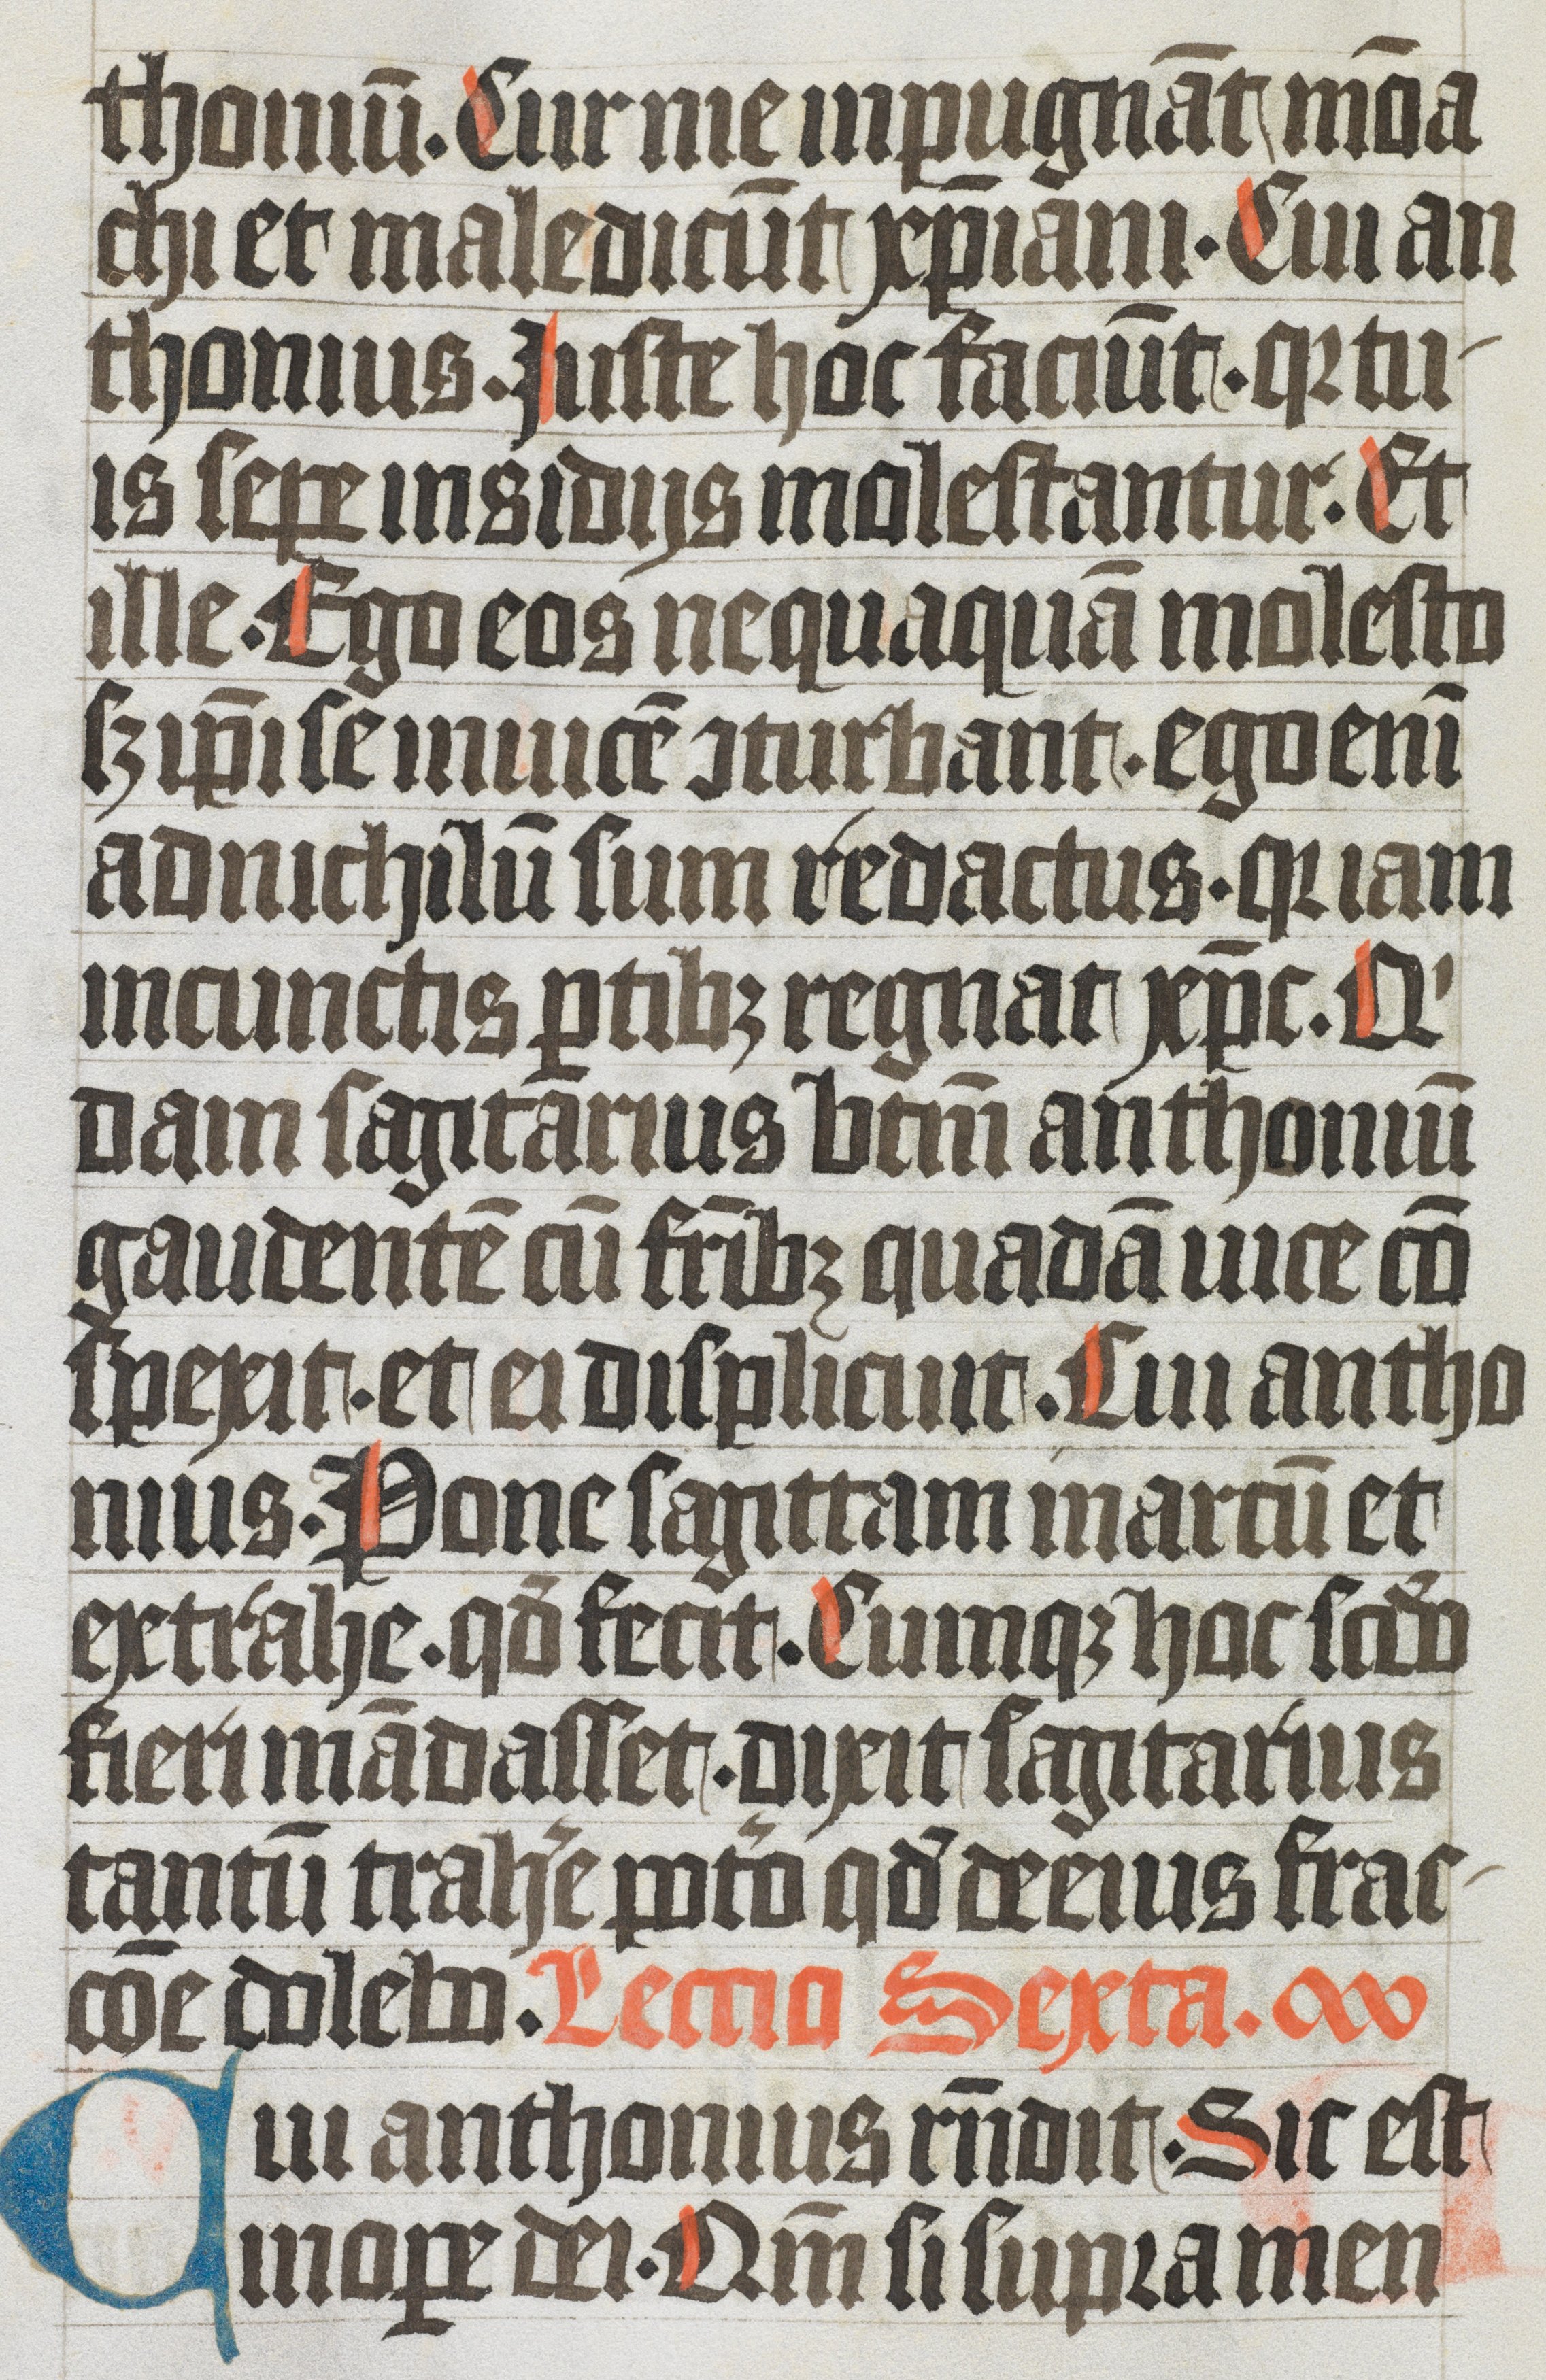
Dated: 1350–1399